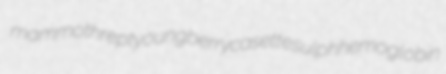
mammothrept youngberry casette sulphhemoglobin